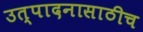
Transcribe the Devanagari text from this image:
उत्पादनासाठीच